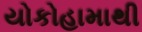
યોકોહામાથી